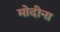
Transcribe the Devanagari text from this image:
मोदीना